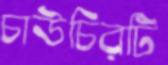
চাউচিরটি